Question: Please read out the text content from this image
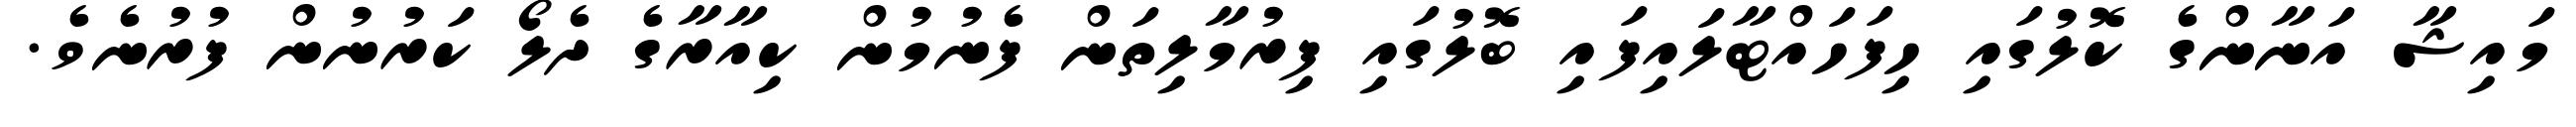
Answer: މައިޝާ އަނާންގެ ކޮލުގައި ހިފަހައްޓާލައިފައި ބޮލުގައި ފިރުމާލިތަން ފެނުމުން ކިއާރާގެ ދެލޯ ކަރުނުން ފުރުނެވެ.